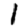
Digit: 1